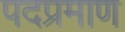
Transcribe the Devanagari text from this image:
पदप्रमाण